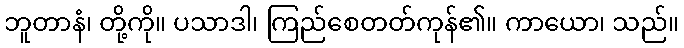
ဘူတာနံ၊ တို့ကို။ ပသာဒါ၊ ကြည်စေတတ်ကုန်၏။ ကာယော၊ သည်။